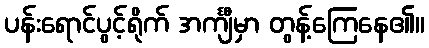
ပန်းရောင်ပွင့်ရိုက် အင်္ကျီမှာ တွန့်ကြေနေ၏။